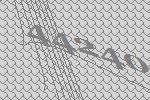
44240